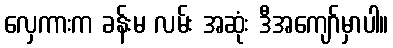
လှေကားက ခန်းမ လမ်း အဆုံး ဒီအကျော်မှာပါ။